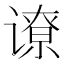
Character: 𬤟